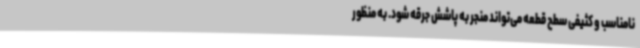
نامناسب و کثیفی سطح قطعه می‌تواند منجر به پاشش جرقه شود. به منظور